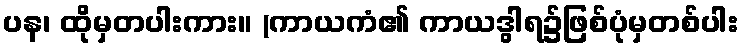
ပန၊ ထိုမှတပါးကား။ (ကာယကံ၏ ကာယဒွါရ၌ဖြစ်ပုံမှတစ်ပါး